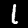
Label: 1